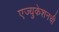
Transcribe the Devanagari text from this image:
एज्युकेशनची